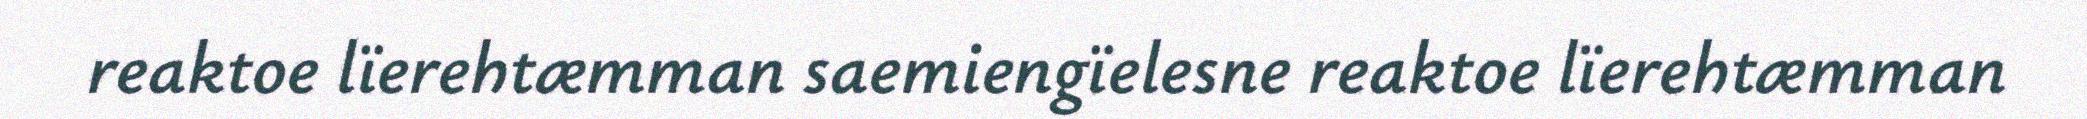
reaktoe lïerehtæmman saemiengïelesne reaktoe lïerehtæmman